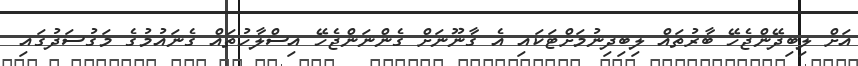
އަށް ލިބިދޭންޖެހޭ ބާރުތައް ލިބިދިނުމަށްޓަކައި އެ ގާނޫނަށް ގެންނަންޖެހޭ އިސްލާހުތައް ގެނައުމުގެ މަގުސަދުގައި